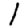
Digit: 1